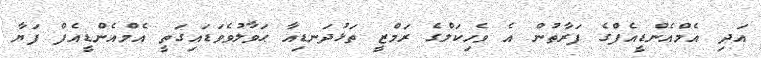
އަދި އެމްއެންޑީއެފްގެ ފަރާތުން އެ ވެހިކަލްގެ ރަމްޒީ ތަޅުދަނޑިއާ ޙަވާލުވެވަޑައިގަތީ އެމްއެންޑީއެފް ފަޔާ